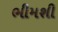
ભીમશી